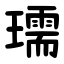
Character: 瓀